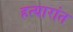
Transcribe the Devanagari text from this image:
हत्यारांत